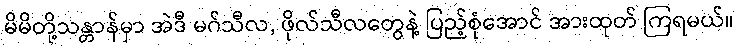
မိမိတို့သန္တာန်မှာ အဲဒီ မဂ်သီလ, ဖိုလ်သီလတွေနဲ့ ပြည့်စုံအောင် အားထုတ် ကြရမယ်။